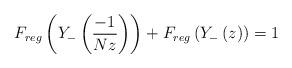
LaTeX: \begin{align*}F_{reg}\left(Y_{-}\left(\frac{-1}{Nz}\right)\right)+F_{reg}\left(Y_{-}\left(z\right)\right)=1\end{align*}